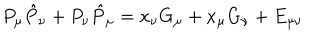
LaTeX: P _ { \mu } \hat { P } _ { \nu } + P _ { \nu } \hat { P } _ { \mu } = x _ { \nu } G _ { \mu } + x _ { \mu } G _ { \nu } + E _ { \mu \nu }